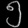
Digit: ၅